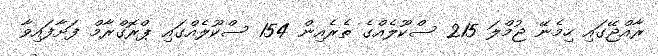
ރާއްޖޭގައި ހިމެނޭ ޖުމްލަ 215 ސްކޫލެއްގެ ތެރެއިން 154 ސްކޫލެއްގައި ޕްރޮގްރާމް ފަށާފައިވާ